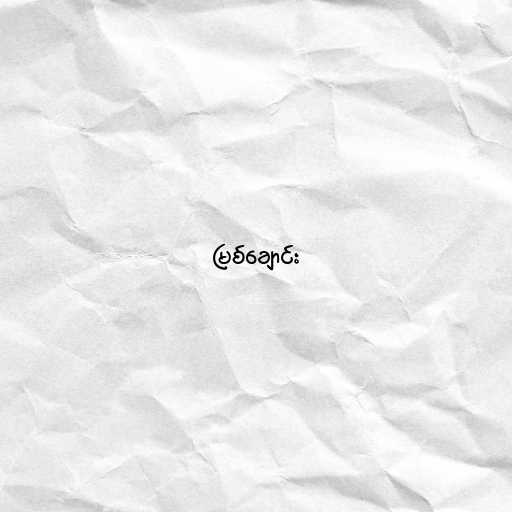
မြစ်ချောင်း